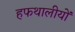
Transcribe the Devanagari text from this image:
हफथालीयों